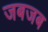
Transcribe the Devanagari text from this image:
जबजब